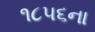
૧૮૫૬ના